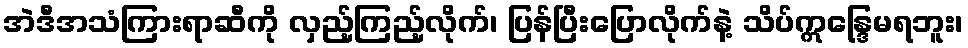
အဲဒီအသံကြားရာဆီကို လှည့်ကြည့်လိုက်၊ ပြန်ပြီးပြောလိုက်နဲ့ သိပ်ဣန္ဒြေမရဘူး၊